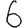
Digit: 6